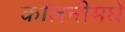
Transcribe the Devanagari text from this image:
कॉलनीमधे